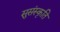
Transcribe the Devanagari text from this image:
सुसंस्कृति